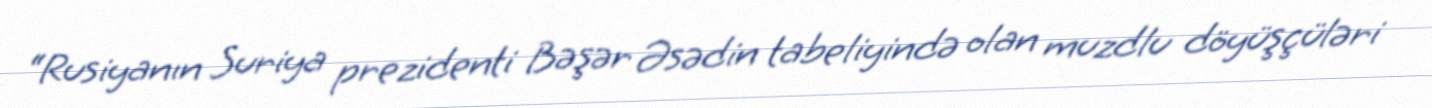
“Rusiyanın Suriya prezidenti Bəşər Əsədin tabeliyində olan muzdlu döyüşçüləri